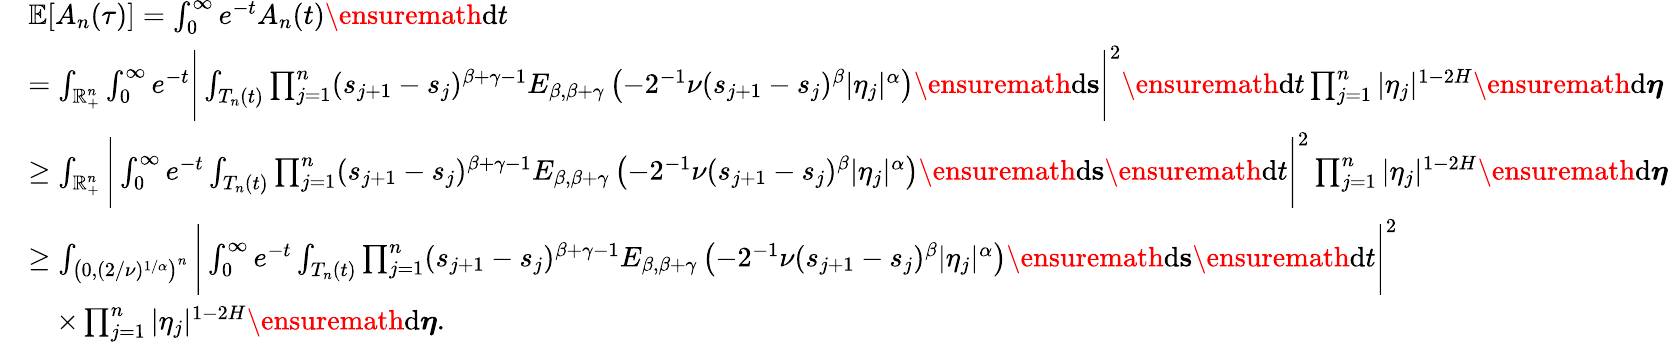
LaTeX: \begin{array}{rl}&{\mathbb E[A_{n}(\tau)]=\int_{0}^{\infty}e^{-t}A_{n}(t)\ensuremath{\mathrm{d}}t}\\ &{=\int_{\mathbb{R}_{+}^{n}}\int_{0}^{\infty}e^{-t}\Bigg|\int_{T_{n}(t)}\prod_{j=1}^{n}(s_{j+1}-s_{j})^{\beta+\gamma-1}E_{\beta,\beta+\gamma}\left(-2^{-1}\nu(s_{j+1}-s_{j})^{\beta}|\eta_{j}|^{\alpha}\right)\ensuremath{\mathrm{d}}\mathbf{s}\Bigg|^{2}\ensuremath{\mathrm{d}}t\prod_{j=1}^{n}|\eta_{j}|^{1-2H}\ensuremath{\mathrm{d}}\boldsymbol\eta}\\ &{\ge\int_{\mathbb{R}_{+}^{n}}\Bigg|\int_{0}^{\infty}e^{-t}\int_{T_{n}(t)}\prod_{j=1}^{n}(s_{j+1}-s_{j})^{\beta+\gamma-1}E_{\beta,\beta+\gamma}\left(-2^{-1}\nu(s_{j+1}-s_{j})^{\beta}|\eta_{j}|^{\alpha}\right)\ensuremath{\mathrm{d}}\mathbf{s}\ensuremath{\mathrm{d}}t\Bigg|^{2}\prod_{j=1}^{n}|\eta_{j}|^{1-2H}\ensuremath{\mathrm{d}}\boldsymbol\eta}\\ &{\ge\int_{\left(0,(2/\nu)^{1/\alpha}\right)^{n}}\Bigg|\int_{0}^{\infty}e^{-t}\int_{T_{n}(t)}\prod_{j=1}^{n}(s_{j+1}-s_{j})^{\beta+\gamma-1}E_{\beta,\beta+\gamma}\left(-2^{-1}\nu(s_{j+1}-s_{j})^{\beta}|\eta_{j}|^{\alpha}\right)\ensuremath{\mathrm{d}}\mathbf{s}\ensuremath{\mathrm{d}}t\Bigg|^{2}}\\ &{\quad\times\prod_{j=1}^{n}|\eta_{j}|^{1-2H}\ensuremath{\mathrm{d}}\boldsymbol\eta.}\end{array}